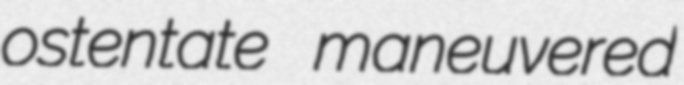
ostentate maneuvered